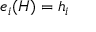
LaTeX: e _ { i } ( H ) = h _ { i }